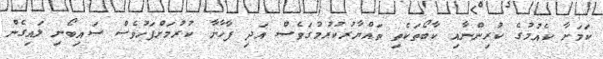
ކަމަށާ ކެއުމުގެ ކުރިންނާއި ކާބޯތަކެތި ތައްޔާރުކުރުމުގަވެސް އަދި ފާހާނާ ކުރުމަށްފަހުވެސް ސައިބޯނި ލައިގެން